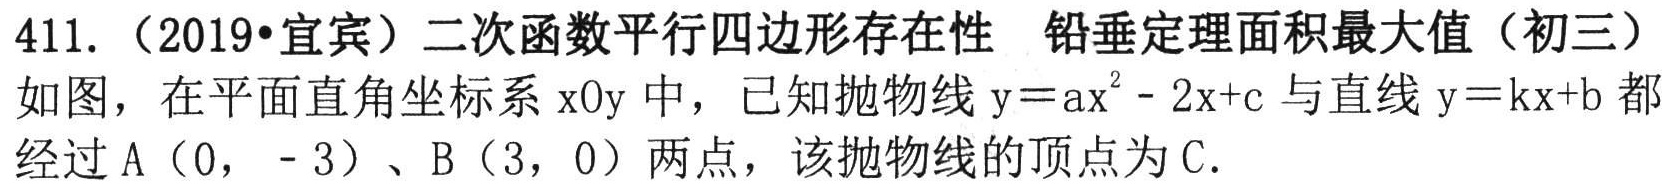
411.（2019•宜宾）二次函数平行四边形存在性 铅垂定理面积最大值（初三）
如图，在平面直角坐标系\(xOy\)中，已知抛物线\(y = ax^{2}-2x + c\)与直线\(y = kx + b\)都
经过\(A(0,-3)\)、\(B(3,0)\)两点，该抛物线的顶点为\(C\).